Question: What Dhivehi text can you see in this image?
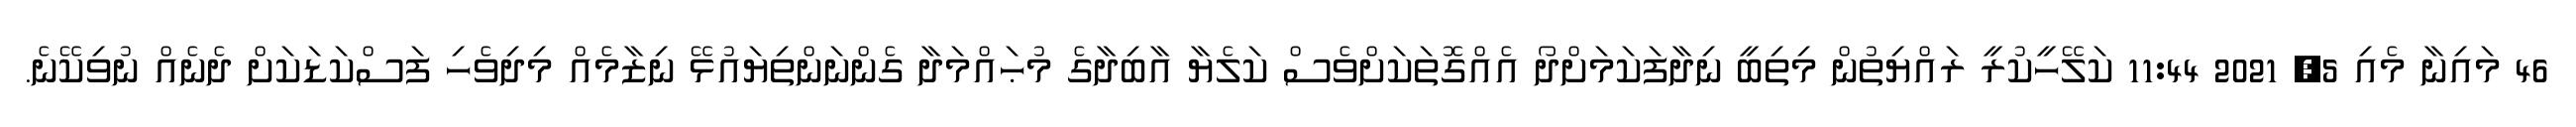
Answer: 46 މައިނާ މެއި 5, 2021 11:44 ކަލޭހީކުރީ ރައްޔިތުން މިތިބީ ނިދާފަކަމަށްދޯ އެއްގޮތަކަށްވެސް ކަލެޔާ އާބިދާގެ މުޙައްމަދާ ގެންނަންތިޔައުޅޭ ނިޒާމެއް މިދިވެހި ފަސްކަޑަކަށް ދެނެއް ނުވިކޭނެ.